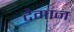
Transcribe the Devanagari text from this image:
देमान